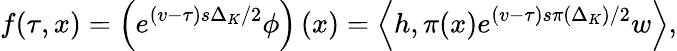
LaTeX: f(\tau,x)=\left(e^{(v-\tau)s\Delta_{K}/2}\phi\right)\left(x\right)=\left\langle h,\pi(x)e^{(v-\tau)s\pi\left(\Delta_{K}\right)/2}w\right\rangle,